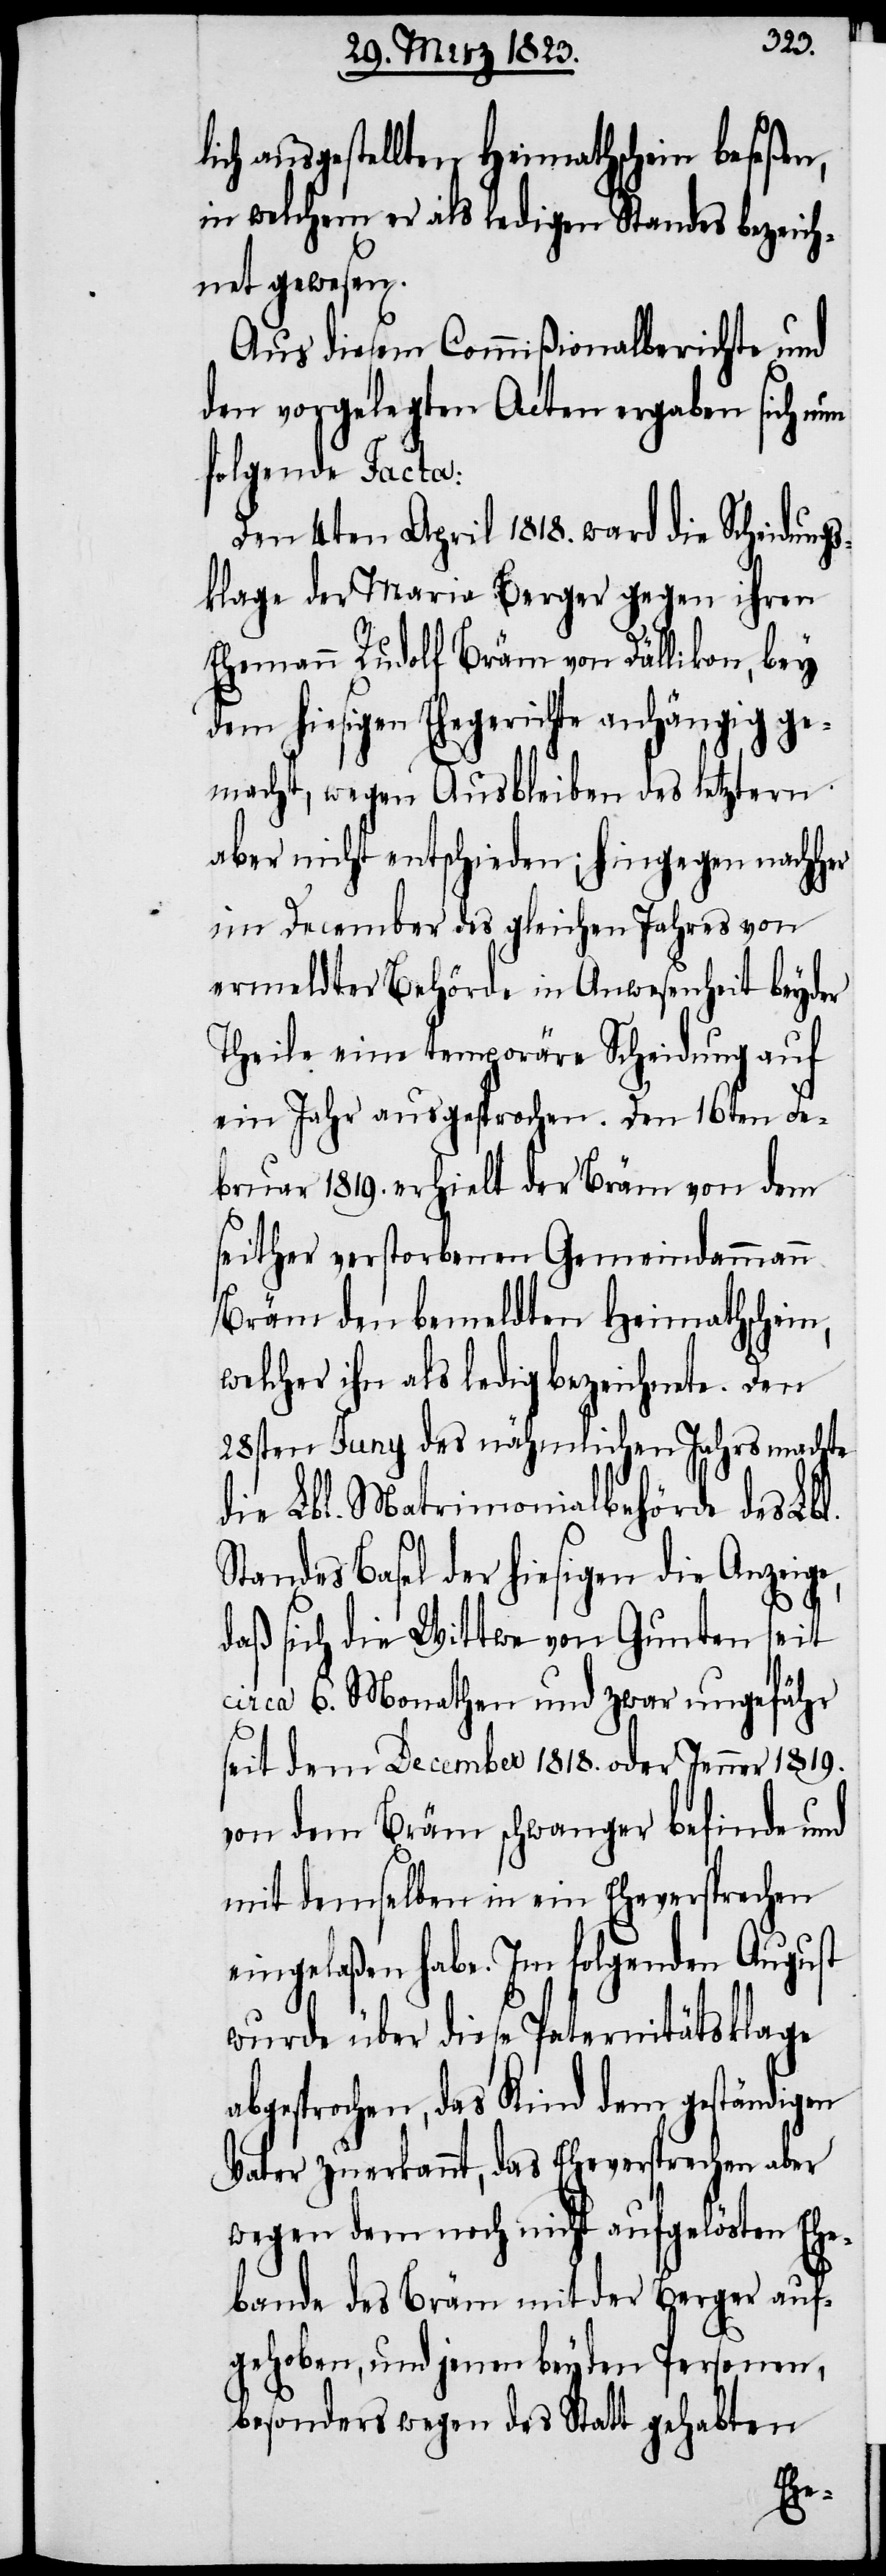
lich ausgestellten Heimathschein beseßen,
in welchem er als ledigen Standes bezeich¬
net gewesen.
Aus diesem Commißionalberichte und
den vorgelegten Acten ergaben sich nun
folgende Facta:
Den 4ten April 1818. ward die Scheidungs¬
klage der Maria Berger gegen ihren
Ehemann Rudolf Bräm von Dällikon, bey
dem hiesigen Ehegerichte anhängig ge¬
macht, wegen Ausbleiben des letztern
aber nicht entschieden; hingegen nachher
im December des gleichen Jahres von
ermeldter Behörde in Anwesenheit beyder
Theile eine temporäre Scheidung auf
ein Jahr ausgesprochen. Den 16ten Fe¬
bruar 1819. erhielt der Bräm von dem
seither verstorbenen Gemeinammann
Bräm den bemeldten Heimathschein,
welcher ihn als ledig bezeichnete. Den
28sten Juny des nähmlichen Jahrs machte
die Lbl. Matrimonialbehörde des Lbl.
Standes Basel der hiesigen die Anzeige,
daß sich die Wittwe von Gunten seit
circa 6. Monathen und zwar ungefähr
seit dem December 1818. oder Jenner 1819.
von dem Bräm schwanger befinde und
mit demselben in ein Eheversprechen
eingelaßen habe. Im folgenden August
wurde über diese Paternitätsklage
abgesprochen, das Kind dem geständigen
Vater zuerkannt, das Eheversprechen aber
wegen dem noch nicht aufgelösten Ehe¬
bande des Bräm mit der Berger auf¬
gehoben, und jenen beyden Personen,
besonders wegen des Statt gehabten